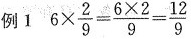
例1 $ $ 6 \ t i m e s \ f r a c { 2 } { 9 } =